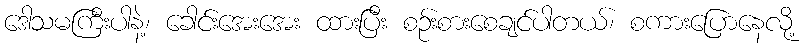
ဒေါသမကြီးပါနဲ့၊ ခေါင်းအေးအေး ထားပြီး စဉ်းစားစေချင်ပါတယ်၊ စကားပြောနေလို့